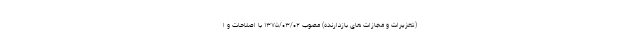
(‌تعزیرات و مجازات ‌های بازدارنده) مصوب ۱۳۷۵/۰۳/۰۲ با اصلاحات و ا